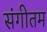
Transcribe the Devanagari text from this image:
संगीतम